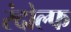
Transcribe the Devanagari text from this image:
रंदोल्फ